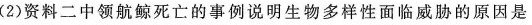
(2)资料二中领航鲸死亡的事例说明生物多样性面临威胁的原因是